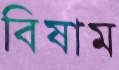
বিষাম